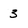
Character: 3